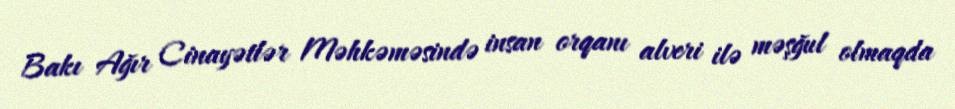
Bakı Ağır Cinayətlər Məhkəməsində insan orqanı alveri ilə məşğul olmaqda